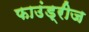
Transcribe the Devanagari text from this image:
फाउंड्रीज